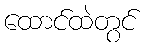
ထောင်ထဲတွင်